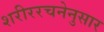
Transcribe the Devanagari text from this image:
शरीररचनेनुसार